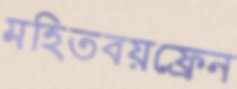
মহিতবয়ফ্রেন